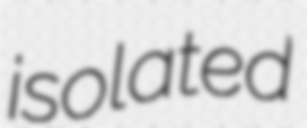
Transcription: isolated